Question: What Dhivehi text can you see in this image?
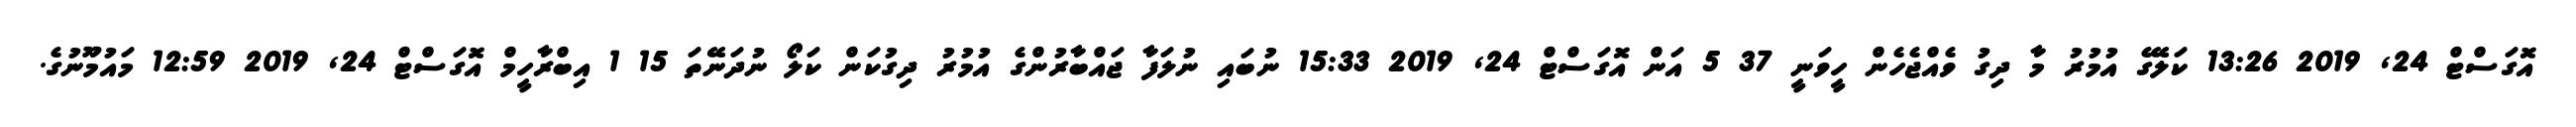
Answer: އޮގަސްޓް 24, 2019 13:26 ކަލޭގެ އުމުރު މާ ދިގު ވެއްޖެހެން ހީވަނީ 37 5 އަން އޮގަސްޓް 24, 2019 15:33 ނުބައި ނުލަފާ ޖައްބާރުންގެ އުމުރު ދިގުކަން ކަލޯ ނުދަނޭތަ 15 1 އިބްރާހީމް އޮގަސްޓް 24, 2019 12:59 މައުމޫނުގެ.